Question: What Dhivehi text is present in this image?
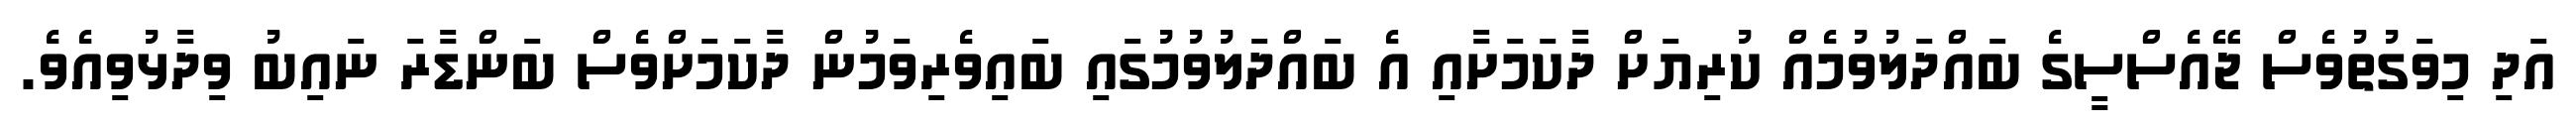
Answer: އަދި މިވަގުތުވެސް ޖޭއެސްސީގެ ބައްދަލުވުމެއް ކުރިޔަށް ދާކަމަށާއި އެ ބައްދަލުވުމުގައި ބައިވެރިވަމުން ދާކަމަށްވެސް ބަންޑާރަ ނައިބު ވިދާޅުވިއެވެ.